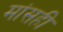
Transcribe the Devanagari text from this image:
मांसही